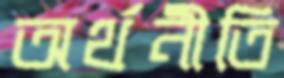
অর্থনীতি